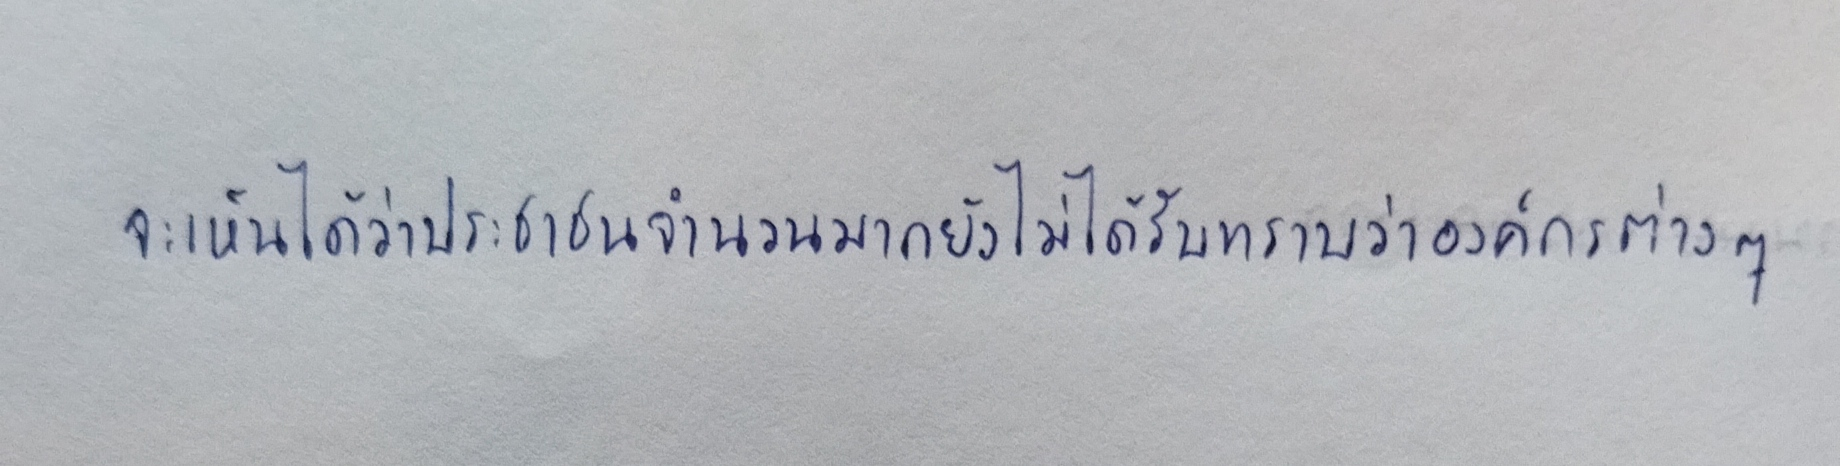
จะเห็นได้ว่าประชาชนจำนวนมากยังไม่ได้รับทราบว่าองค์กรต่างๆ